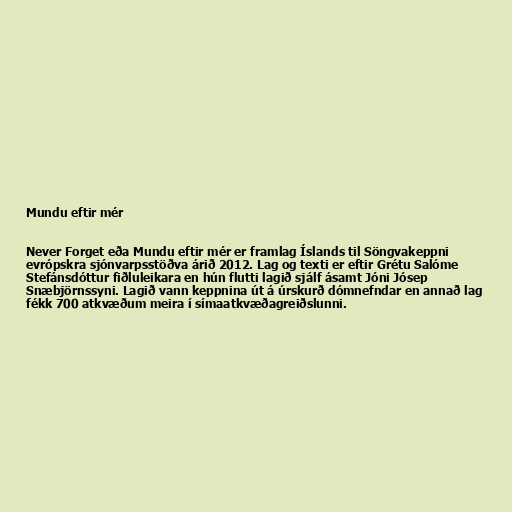
Mundu eftir mér

Never Forget eða Mundu eftir mér er framlag Íslands til Söngvakeppni
evrópskra sjónvarpsstöðva árið 2012. Lag og texti er eftir Grétu Salóme
Stefánsdóttur fiðluleikara en hún flutti lagið sjálf ásamt Jóni Jósep
Snæbjörnssyni. Lagið vann keppnina út á úrskurð dómnefndar en annað lag
fékk 700 atkvæðum meira í símaatkvæðagreiðslunni.